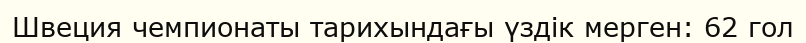
Швеция чемпионаты тарихындағы үздік мерген: 62 гол